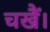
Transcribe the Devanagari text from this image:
चखैं।